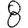
Digit: 8